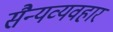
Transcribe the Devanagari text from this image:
सैन्यव्यवहार